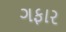
ગફાર